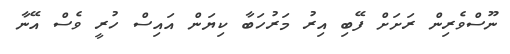
ނޫސްވެރިން ރަށަށް ފޭބި އިރު މަރުހަބާ ކިޔަން އައިސް ހުރީ ވެސް އޭނާ